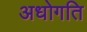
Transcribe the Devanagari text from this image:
अधोगति